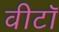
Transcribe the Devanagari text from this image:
वीटॉ